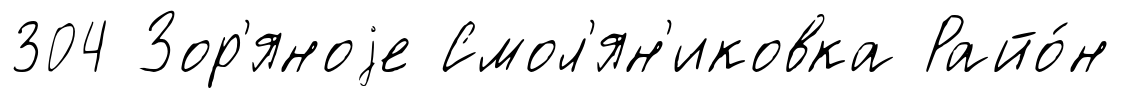
304 Зор'яноjе Смол'ян'иковка Райо́н